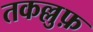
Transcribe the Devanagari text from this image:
तकल्लुफ़